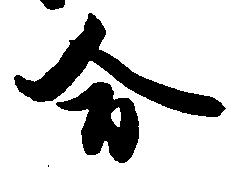
合